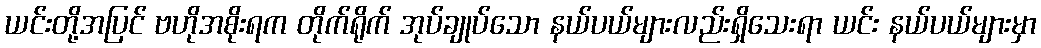
ယင်းတို့အပြင် ဗဟိုအစိုးရက တိုက်ရိုက် အုပ်ချုပ်သော နယ်ပယ်များလည်းရှိသေးရာ ယင်း နယ်ပယ်များမှာ